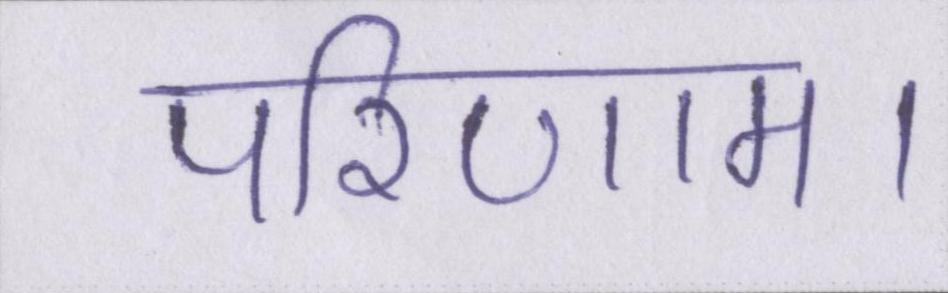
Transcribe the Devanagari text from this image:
परिणाम।